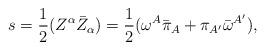
LaTeX: \begin{align*}s = {1 \over2}(Z^{\alpha}\bar Z_{\alpha}) = {1 \over2}({\omega^{A}}{\bar \pi_{A}} +{\pi_{A^\prime}}{\bar \omega^{A^\prime}}),\end{align*}